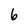
Character: 6